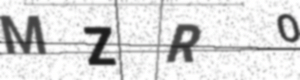
Text: MZRO